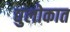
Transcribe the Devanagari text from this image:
द्युलोकात